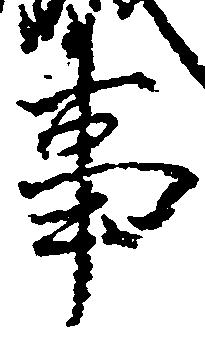
事